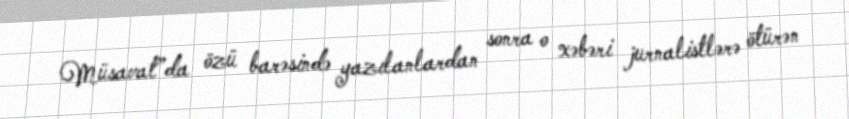
Müsavat”da özü barəsində yazılanlardan sonra o xəbəri jurnalistlərə ötürən